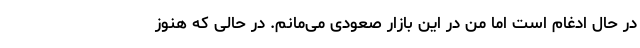
در حال ادغام است اما من در این بازار صعودی می‌مانم. در حالی که هنوز